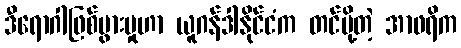
ဒီရောဂါဖြစ်ပွားမှုဟာ ယူဂန်ဒါနိုင်ငံက တင်ပို့တဲ့ အာဖရိက